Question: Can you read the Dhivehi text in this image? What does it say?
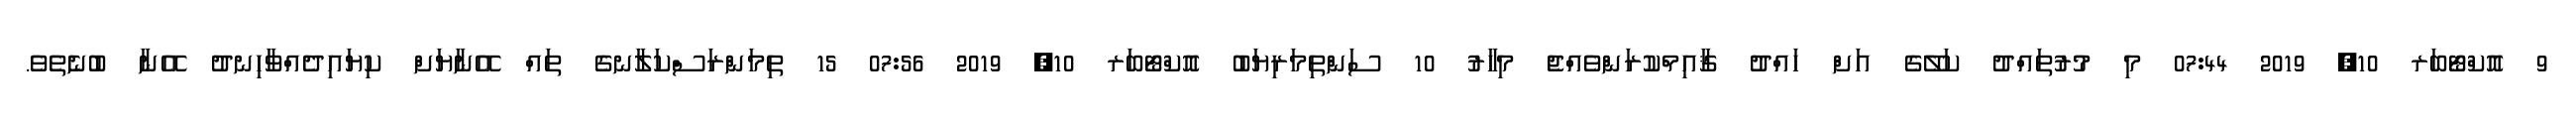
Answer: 9 އޮކްޓޯބަރ 10, 2019 07:44 މި މުރުތައްދު ކަލޭގެ އަށް ހައްދު ޤާއިމްކުރަންވެއްޖެ މިހާރު 10 ސަންތިމަރިޔަބު އޮކްޓޯބަރ 10, 2019 07:56 15 ތިމަންރަސްކަލާނގެ ތައް އޭނާޔަށް ކިޔައިދެއްވާހިނދު އޭނާ ބުނެތެވެ.